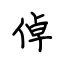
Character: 倬